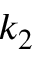
k _ { 2 }